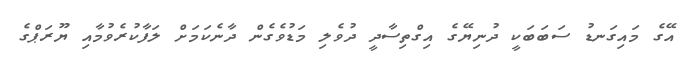
އޭގެ މައިގަނޑު ސަބަބަކީ ދުނިޔޭގެ އިގްތިސާދީ ދުވެލި މަޑުވެގެން ދާނެކަމަށް ލަފާކުރެވުމާއި ޔޫރަޕްގެ